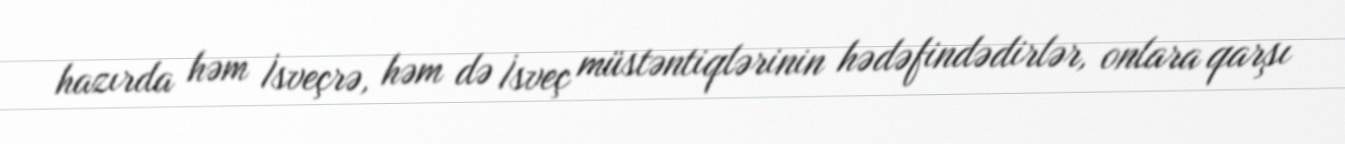
hazırda həm İsveçrə, həm də İsveç müstəntiqlərinin hədəfindədirlər, onlara qarşı